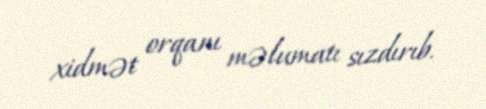
xidmət orqanı məlumatı sızdırıb.